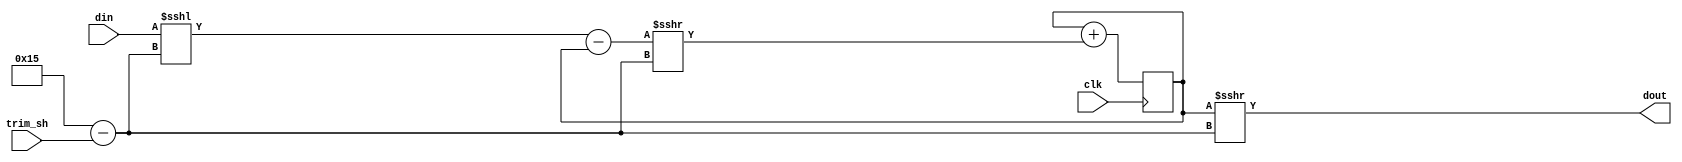
/* First-order low-pass filter (RC)
   y[n] = y[n-1] + k(x[n] - y[n-1])
   Pole at (1-k)

   Corner frequency (fc) set by:
   fc = k / [(1-k)*2*PI*dt]

   e.g.:
   dt = 20 ns
   k  = 0.5**21
   fc ~= 3.7946 Hz

   No need for saturated arithmetic, since gain is strictly less than unity.
*/

module lpass1 #(
   parameter dwi = 16,
   parameter klog2 = 21, // Actual k is 0.5**klog2; max 31
   parameter TRIM_SHIFT = 2
) (
   input clk,
   input [TRIM_SHIFT-1:0] trim_sh, // Move corner up in steps of 2x; Extra logic
                                   // should disappear if hardcoded
   input signed [dwi-1:0] din,
   output signed [dwi-1:0] dout
);
   wire [4:0] full_sh = klog2 - trim_sh;

   reg signed [dwi+klog2-1:0] dout_r=0;
   wire signed [dwi+klog2:0] sub = (din<<<full_sh) - dout_r; // Shift din to buy precision

   always @(posedge clk) begin
       dout_r <= dout_r + (sub>>>full_sh);
   end

   assign dout = dout_r>>>full_sh;

endmodule